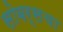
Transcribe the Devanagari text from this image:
सोबर्सचा